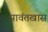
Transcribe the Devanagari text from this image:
सावंतखास